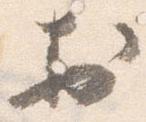
於